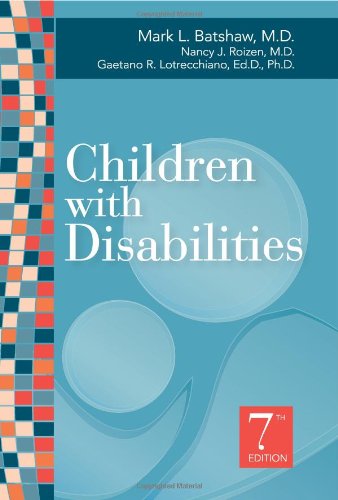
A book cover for Children with Disabilities, Seventh Edition (Batshaw, Children with Disabilities); Medical Books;